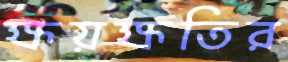
ক্ষয়ক্ষতির